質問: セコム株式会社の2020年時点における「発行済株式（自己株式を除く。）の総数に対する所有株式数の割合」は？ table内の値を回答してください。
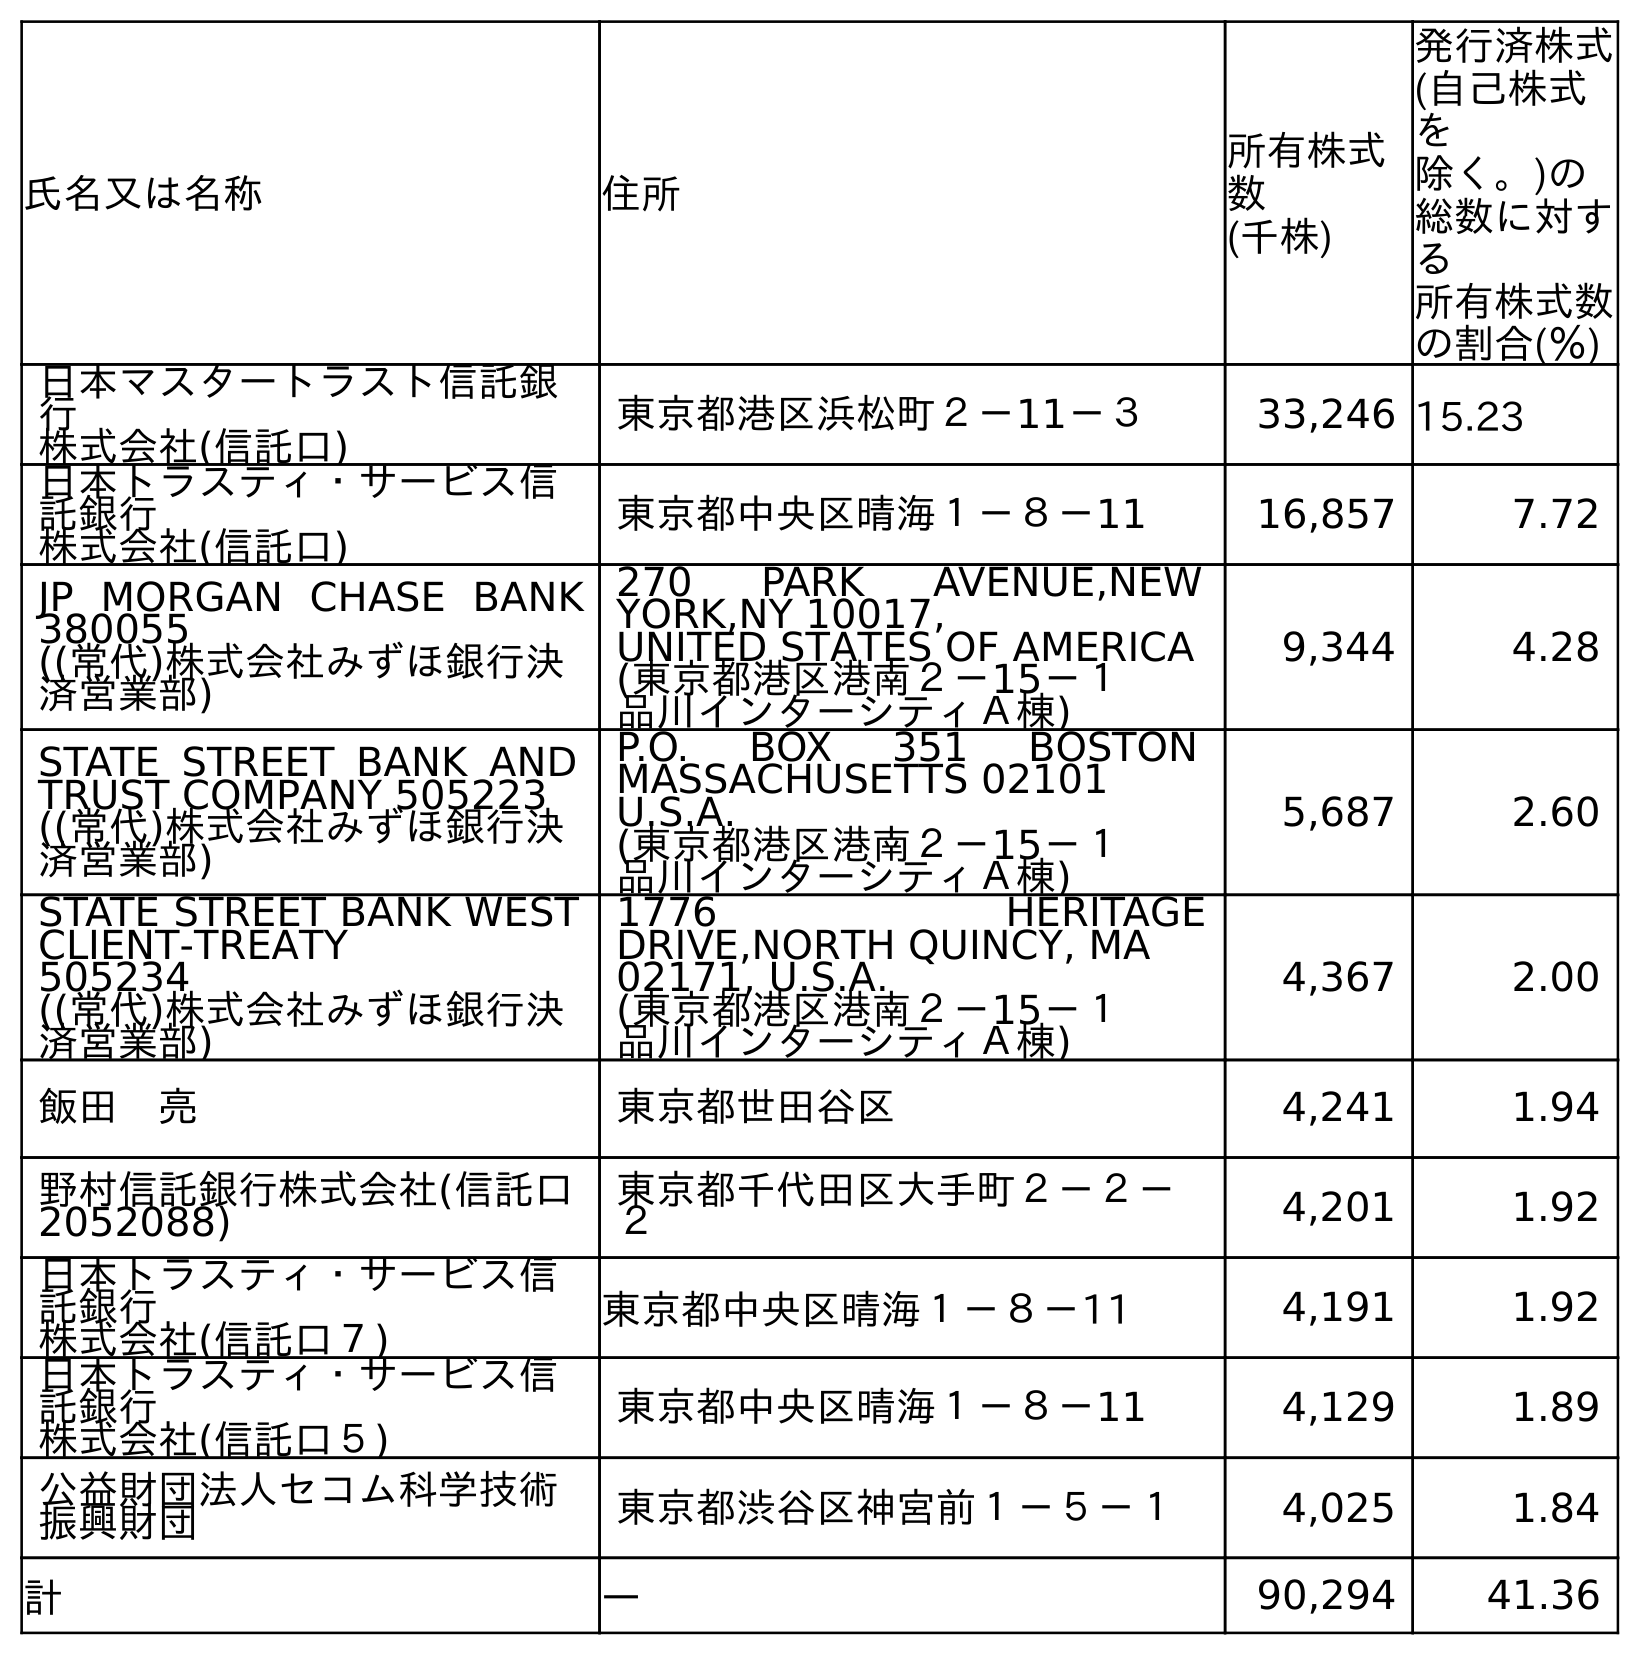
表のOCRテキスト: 氏名又は名称 住所 所有株式 数 (千株) 発行済株式 (自己株式 を 除く。)の 総数に対す る 所有株式数 の割合(％) 日本マスタートラスト信託銀 行 株式会社(信託口) 東京都港区浜松町２－11－３ 33,246 15.23 日本トラスティ・サービス信 託銀行 株式会社(信託口) 東京都中央区晴海１－８－11 16,857 7.72 JP MORGAN CHASE BANK 380055 ((常代)株式会社みずほ銀行決 済営業部) 270 PARK AVENUE,NEW YORK,NY 10017, UNITED STATES OF AMERICA (東京都港区港南２－15－１ 品川インターシティＡ棟) 9,344 4.28 STATE STREET BANK AND TRUST COMPANY 505223 ((常代)株式会社みずほ銀行決 済営業部) P.O. BOX 351 BOSTON MASSACHUSETTS 02101 U.S.A. (東京都港区港南２－15－１ 品川インターシティＡ棟) 5,687 2.60 STATE STREET BANK WEST CLIENT-TREATY 505234 ((常代)株式会社みずほ銀行決 済営業部) 1776 HERITAGE DRIVE,NORTH QUINCY, MA 02171, U.S.A. (東京都港区港南２－15－１ 品川インターシティＡ棟) 4,367 2.00 飯田 亮 東京都世田谷区 4,241 1.94 野村信託銀行株式会社(信託口 2052088) 東京都千代田区大手町２－２－ ２ 4,201 1.92 日本トラスティ・サービス信 託銀行 株式会社(信託口７) 東京都中央区晴海１－８－11 4,191 1.92 日本トラスティ・サービス信 託銀行 株式会社(信託口５) 東京都中央区晴海１－８－11 4,129 1.89 公益財団法人セコム科学技術 振興財団 東京都渋谷区神宮前１－５－１ 4,025 1.84 計 ― 90,294 41.36
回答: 41.36